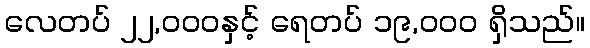
လေတပ် ၂၂,၀၀၀နှင့် ရေတပ် ၁၉,၀၀၀ ရှိသည်။